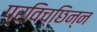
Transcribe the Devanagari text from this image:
प्रविच्छिन्न